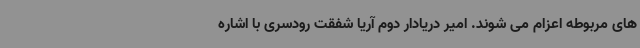
های مربوطه اعزام می شوند. امیر دریادار دوم آریا شفقت رودسری با اشاره